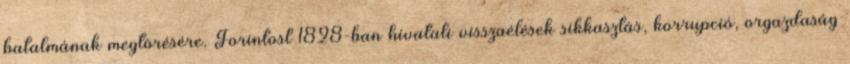
hatalmának megtörésére. Forintost 1828-ban hivatali visszaélések sikkasztás, korrupció, orgazdaság